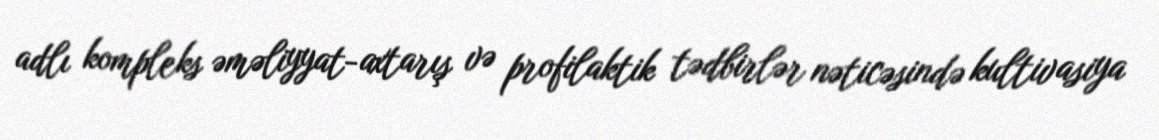
adlı kompleks əməliyyat-axtarış və profilaktik tədbirlər nəticəsində kultivasiya